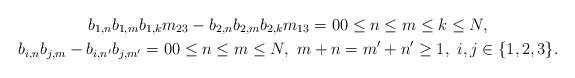
LaTeX: \begin{gather*}b_{1,n}b_{1,m}b_{1,k}m_{23}-b_{2,n}b_{2,m}b_{2,k}m_{13}=0 0\leq n\leq m \leq k\leq N, \\b_{i,n}b_{j,m}-b_{i,n'}b_{j,m'}=0 0\leq n\leq m\leq N, \ m+n=m'+n'\geq1, \ i,j\in\{1,2,3\}.\end{gather*}